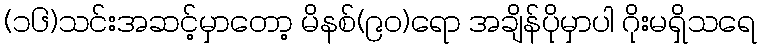
(၁၆)သင်းအဆင့်မှာတော့ မိနစ်(၉၀)ရော အချိန်ပိုမှာပါ ဂိုးမရှိသရေ